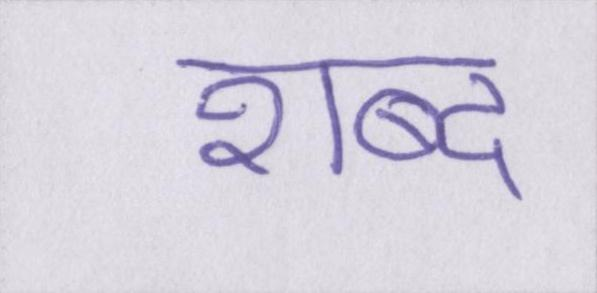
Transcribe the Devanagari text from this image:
शब्द